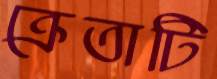
ক্রেতাটি